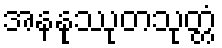
အနနုဿုတသုတ္တံ